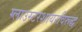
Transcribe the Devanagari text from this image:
ग्लाउस्टरशायरविरूद्ध